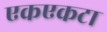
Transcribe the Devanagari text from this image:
एकएकटा